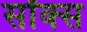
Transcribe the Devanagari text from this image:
सॉक्‍स